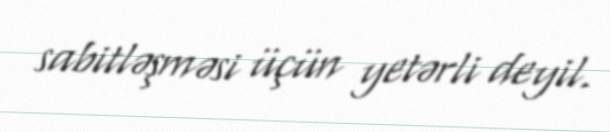
sabitləşməsi üçün yetərli deyil.